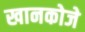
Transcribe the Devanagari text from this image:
खानकोजे